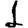
Digit: 1